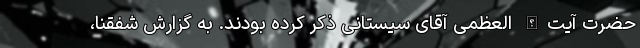
حضرت آیت‌الله العظمی آقای سیستانی ذکر کرده بودند. به گزارش شفقنا،